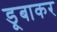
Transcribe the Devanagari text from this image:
डूबाकर